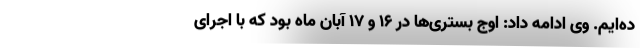
ده‌ایم. وی ادامه داد: اوج بستری‌ها در 16 و 17 آبان ماه بود که با اجرای